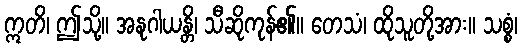
ဣတိ၊ ဤသို့။ အနုဂါယန္တိ၊ သီဆိုကုန်၏။ တေသံ၊ ထိုသူတို့အား။ သစ္စံ၊